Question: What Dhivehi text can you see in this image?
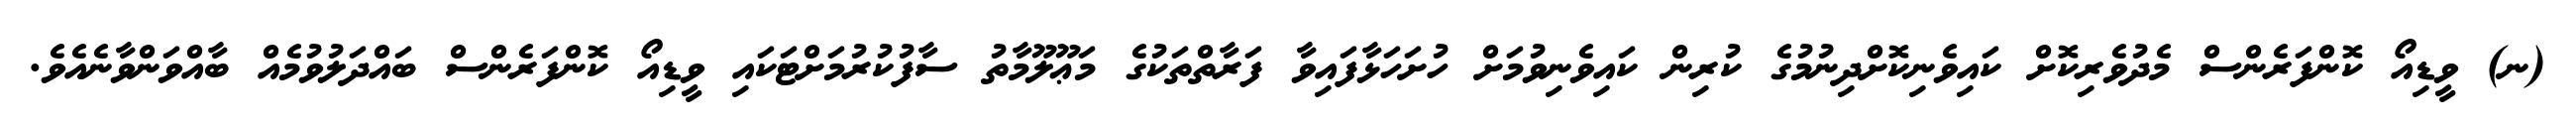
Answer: (ނ) ވީޑިއޯ ކޮންފަރެންސް މެދުވެރިކޮށް ކައިވެނިކޮށްދިނުމުގެ ކުރިން ކައިވެނިވުމަށް ހުށަހަޅާފައިވާ ފަރާތްތަކުގެ މަޢޫލޫމާތު ސާފުކުރުމަށްޓަކައި ވީޑިއޯ ކޮންފަރެންސް ބައްދަލުވުމެއް ބާއްވަންވާނެއެވެ.